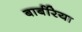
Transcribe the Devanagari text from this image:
बार्बरिया